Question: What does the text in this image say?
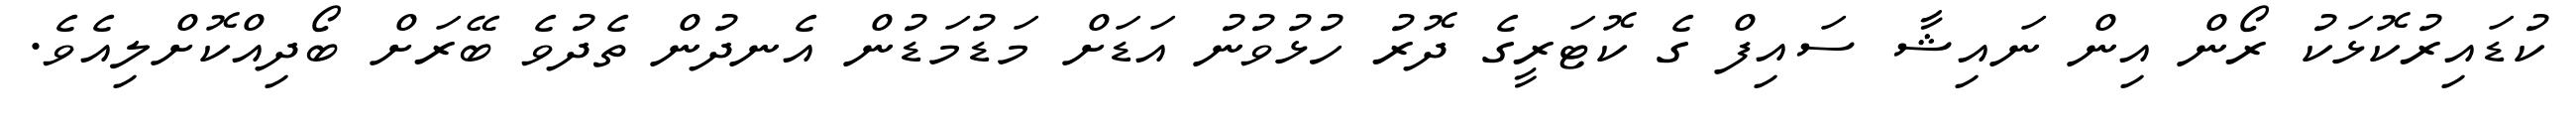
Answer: ކުޑައިރުކޮޅަކު ރޯން އިން ނައިޝާ ސައިފް ގެ ކޮޓަރީގެ ދޮރު ހުޅުވުނު އަޑަށް މަޑުމަޑުން އެނދުން ތެދުވެ ބޭރަށް ބޯދިއްކޮށްލިއެވެ.